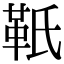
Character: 𩉬